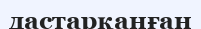
дастарқанған